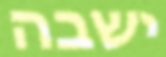
ישבה